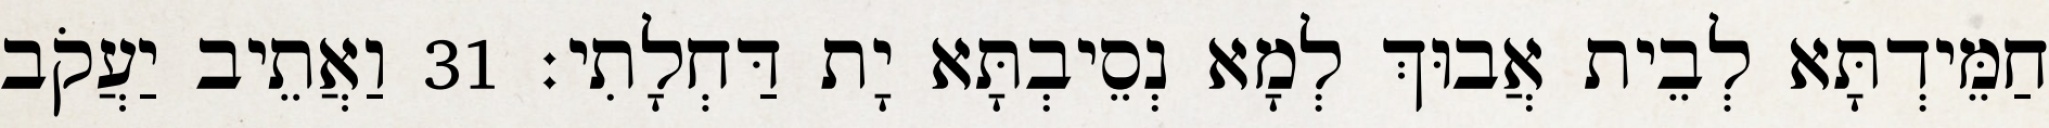
חַמֵּידְתָּא לְבֵית אֲבוּךְ לְמָא נְסֵיבְתָּא יָת דַּחְלָתִי׃ 31 וַאֲתֵיב יַעֲקֹב